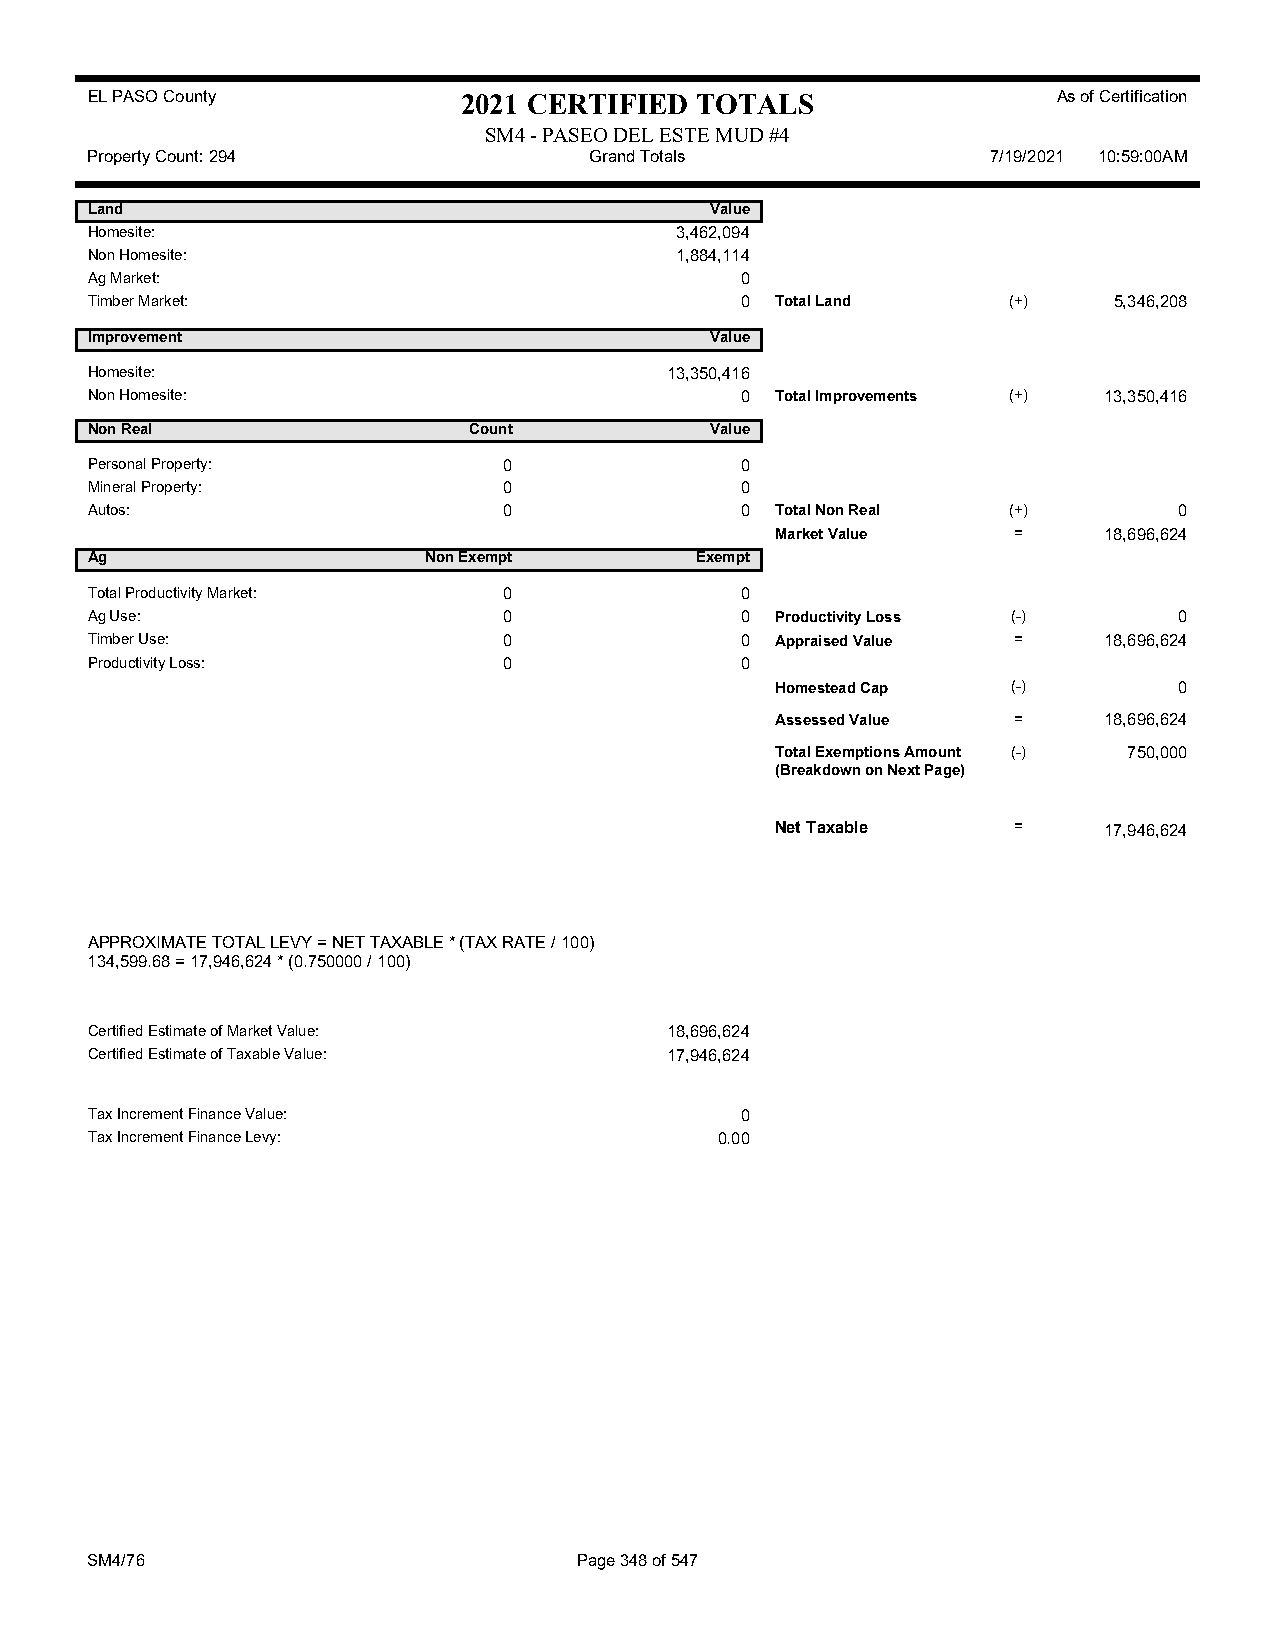
EL PASO County           2021 CERTIFIED TOTALS                  As of Certification
 SM4 - PASEO DEL ESTE MUD #4
 Property Count: 294              Grand Totals               7/19/2021 10:59:00AM
 Land                                     Value
 Homesite:                              3,462,094
 Non Homesite:                          1,884,114
 Ag Market:                                 0
 Timber Market:                             0 Total Land      (+)    5,346,208
 Improvement                              Value
 Homesite:                             13,350,416
 Non Homesite:                              0 Total Improvements (+) 13,350,416
 Non Real                 Count           Value
 Personal Property:         0               0
 Mineral Property:          0               0
 Autos:                     0               0 Total Non Real  (+)        0
 Market Value    =     18,696,624
 Ag                    Non Exempt        Exempt
 Total Productivity Market: 0               0
 Ag Use:                    0               0 Productivity Loss (-)      0
 Timber Use:                0               0 Appraised Value =     18,696,624
 Productivity Loss:         0               0
 Homestead Cap   (-)        0
 Assessed Value  =     18,696,624
 Total Exemptions Amount (-) 750,000
 (Breakdown on Next Page)
 Net Taxable     =     17,946,624
 APPROXIMATE TOTAL LEVY = NET TAXABLE * (TAX RATE / 100)
 134,599.68 = 17,946,624 * (0.750000 / 100)
 Certified Estimate of Market Value:   18,696,624
 Certified Estimate of Taxable Value:  17,946,624
 Tax Increment Finance Value:               0
 Tax Increment Finance Levy:               0.00
 SM4/76                          Page 348 of 547